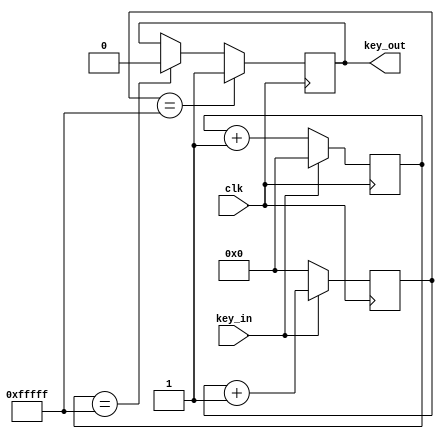
`timescale 1ns / 1ps
//////////////////////////////////////////////////////////////////////////////////
// Company: 
// Engineer: 
// 
// Design Name: 
// Module Name: Debounce
// Project Name: 
// Target Devices: 
// Tool Versions: 
// Description: 
// 
// Dependencies: 
// 
// Revision:
// Revision 0.01 - File Created
// Additional Comments:
// 
//////////////////////////////////////////////////////////////////////////////////

module Debounce(clk, key_in, key_out);
    parameter SAMPLE_TIME = 20'hf_ffff;
    input clk;
    input key_in;
    output key_out;

    reg [21:0] count_low;
    reg [21:0] count_high;
    
    reg key_out_reg;
    
    always @(posedge clk) begin
        if(key_in ==1'b0)
            count_low <= count_low + 1;
        else
            count_low <= 0;
    end
    
    always @(posedge clk) begin
        if(key_in ==1'b1)
            count_high <= count_high + 1;
        else
            count_high <= 0;
    end
    
    always @(posedge clk) begin
        if(count_high == SAMPLE_TIME)
            key_out_reg <= 1;
        else if(count_low == SAMPLE_TIME)
            key_out_reg <= 0;
    end
    
    assign key_out = key_out_reg;
endmodule